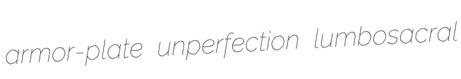
armor-plate unperfection lumbosacral